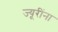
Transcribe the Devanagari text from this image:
ज्यूरींना